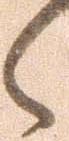
々